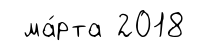
ма́рта 2018